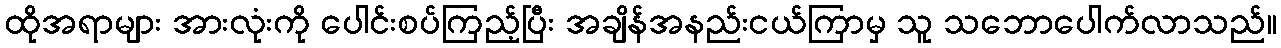
ထိုအရာများ အားလုံးကို ပေါင်းစပ်ကြည့်ပြီး အချိန်အနည်းငယ်ကြာမှ သူ သဘောပေါက်လာသည်။